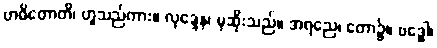
ဗာဓိတောတိ၊ ဟူသည်ကား။ လုဒ္ဒေန၊ မုဆိုးသည်။ အရညေ၊ တော၌။ ဗဒ္ဓေါ၊